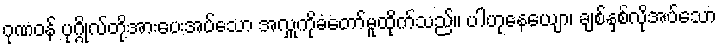
ဂုဏဝန် ပုဂ္ဂိုလ်တို့အားပေးအပ်သော အလှူကိုခံတော်မူထိုက်သည်။ ပါဟုနေယျော၊ ချစ်နှစ်လိုအပ်သော